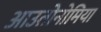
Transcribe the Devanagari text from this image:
आउतोनोमिया